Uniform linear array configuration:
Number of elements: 8
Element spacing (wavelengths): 1
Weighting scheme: cosine
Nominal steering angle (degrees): -15
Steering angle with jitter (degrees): -14.371
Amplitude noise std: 0.05
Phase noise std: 0.05

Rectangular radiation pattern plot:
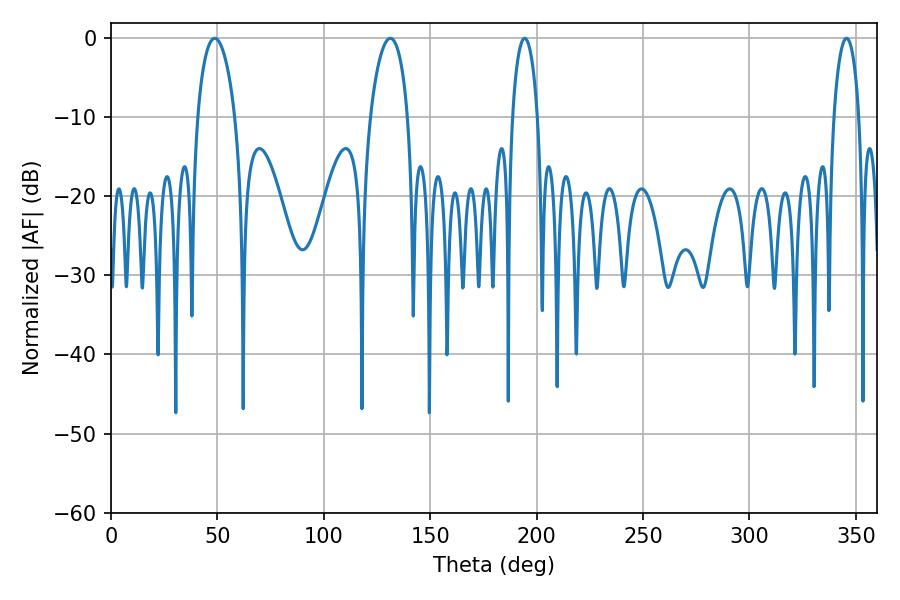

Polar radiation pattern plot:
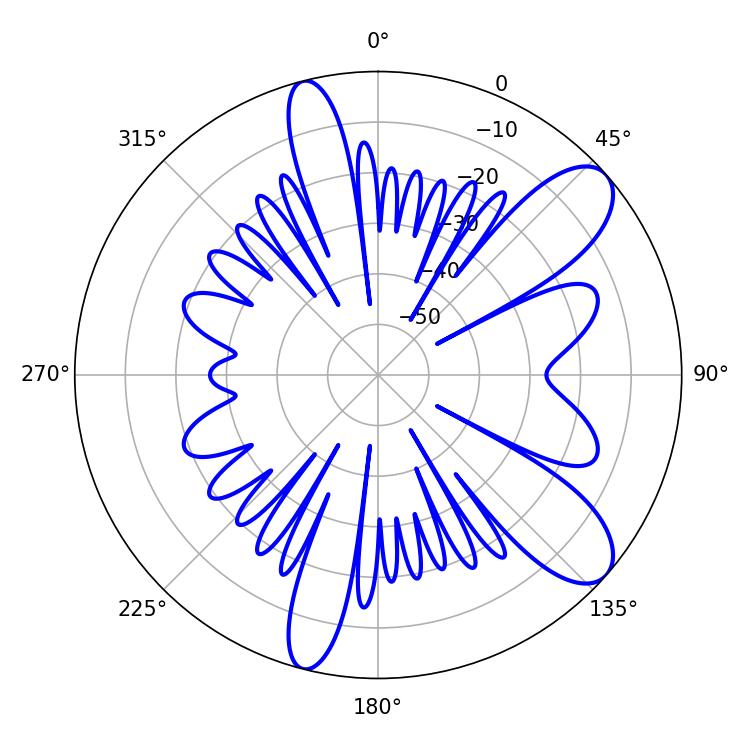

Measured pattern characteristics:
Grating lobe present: TRUE
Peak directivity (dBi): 9.531
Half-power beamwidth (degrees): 6.84
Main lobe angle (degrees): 194.4